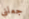
جعلني